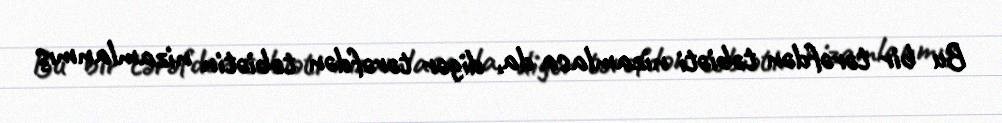
Bu bir tərəfdən təbiəti nizamlasa da, digər tərəfdən təbiətin nizamlanmış